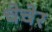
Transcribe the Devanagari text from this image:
चेचेर